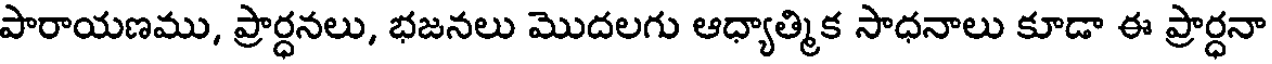
పారాయణము, ప్రార్ధనలు, భజనలు మొదలగు ఆధ్యాత్మిక సాధనాలు కూడా ఈ ప్రార్ధనా